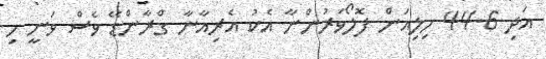
އަދި 44.6 މިލިއަން ފޮލޯވަރުންނާ އެކު އެރިއާނާ ގްރާންޑޭ ވެސް ވަނީ މި